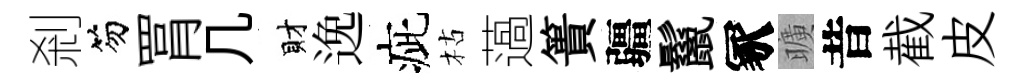
剎笏罥几財𨓜疵枯薖簣疆鬣冢曠昔截皮